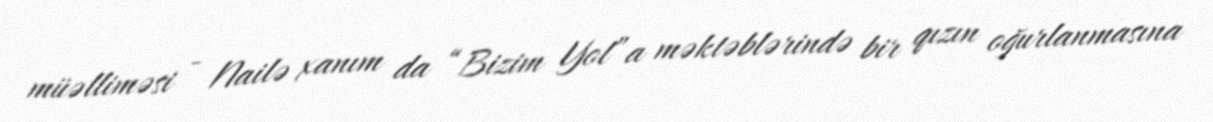
müəlliməsi - Nailə xanım da “Bizim Yol”a məktəblərində bir qızın oğurlanmasına